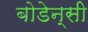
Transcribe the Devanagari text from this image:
बोडेन्सी